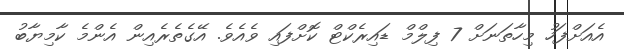
އެއަށްފަހު މިހާތަނަށް 7 ފިލްމް ޑައިރެކްޓް ކޮށްފައި ވެއެވެ. އޭގެތެެރެއިން އެންމެ ކާމިޔާބު